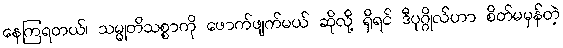
နေကြရတယ်၊ သမ္မုတိသစ္စာကို ဖောက်ဖျက်မယ် ဆိုလို့ ရှိရင် ဒီပုဂ္ဂိုလ်ဟာ စိတ်မမှန်တဲ့